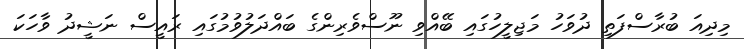
މިދިއަ ބުރާސްފަތި ދުވަހު މަޖިލީހުގައި ބޭއްވި ނޫސްވެރިންގެ ބައްދަލުވުމުގައި ރައީސް ނަޝީދު ވާހަކަ